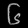
Digit: ၆